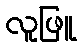
လူဖြူ